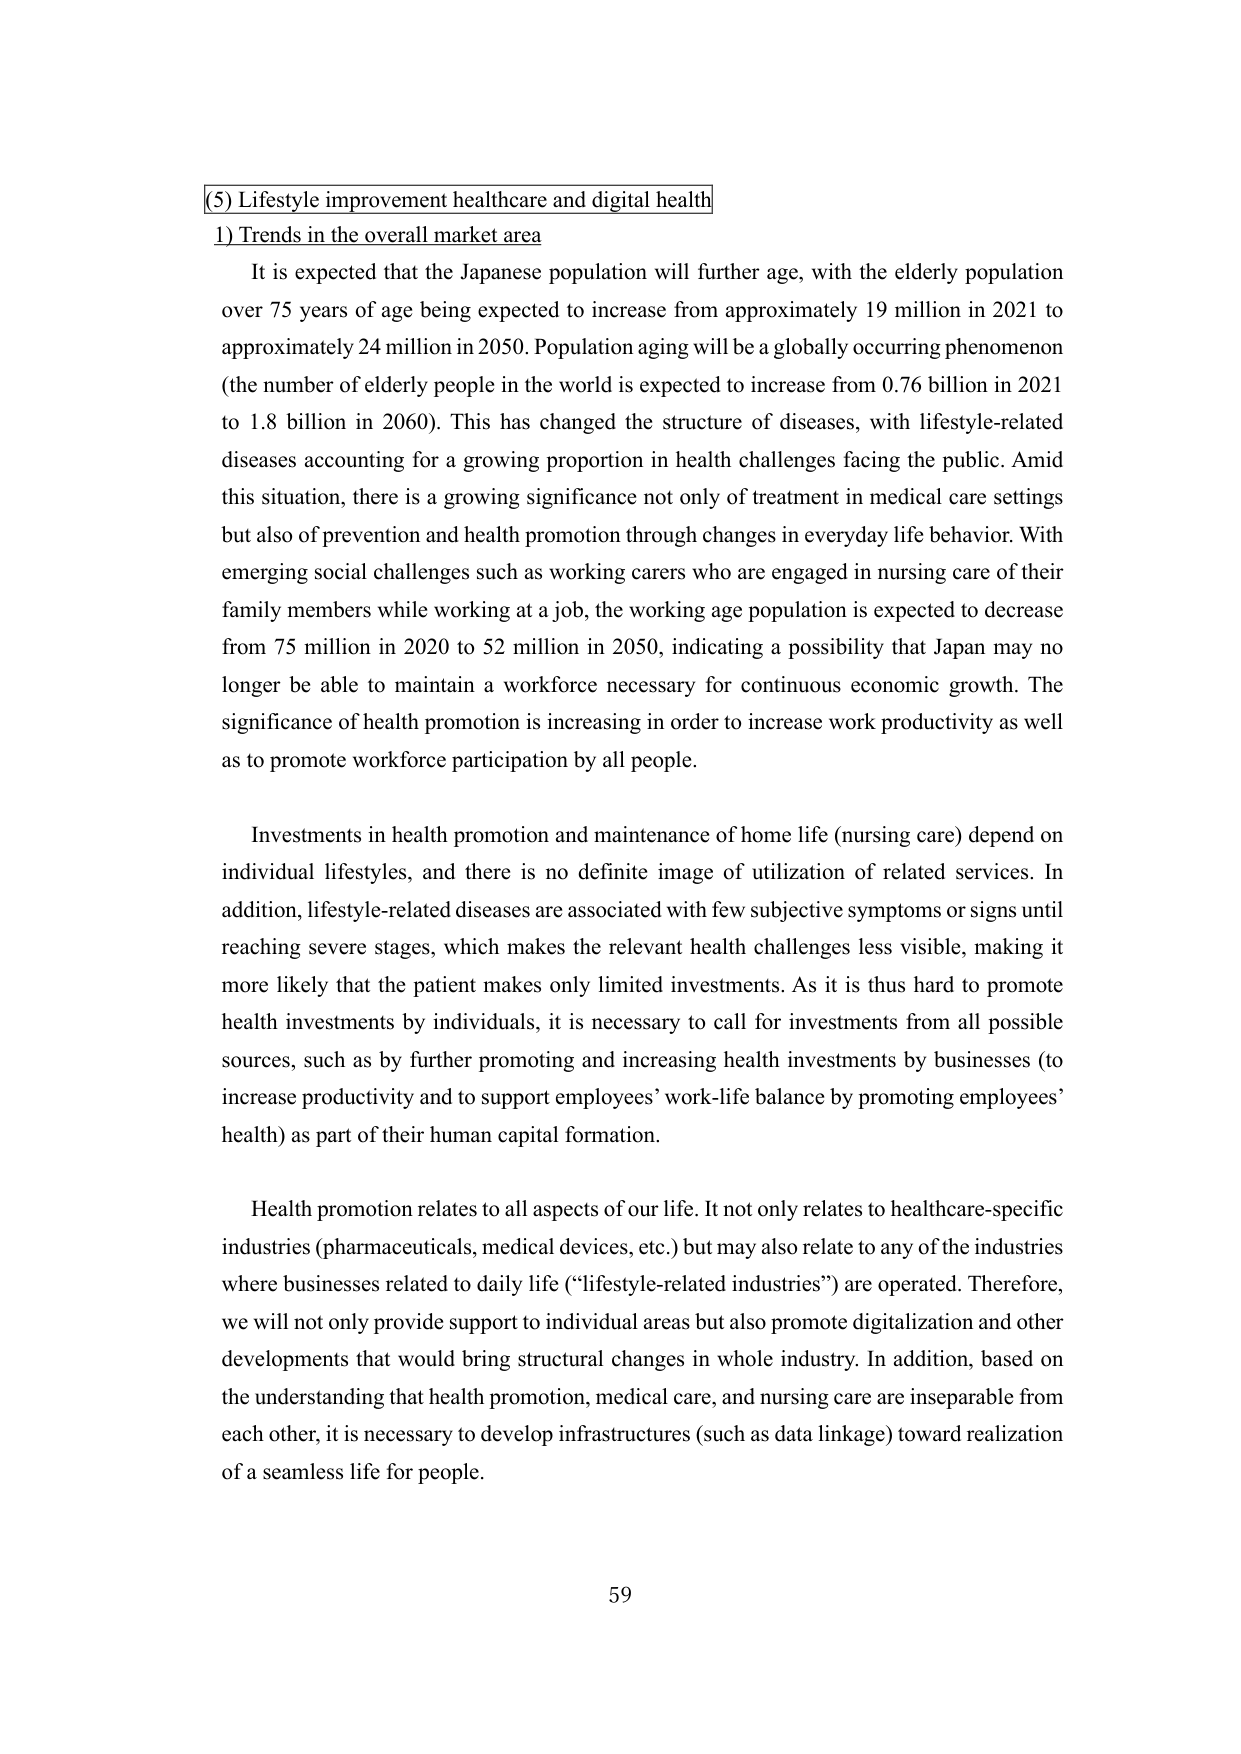
(5) Lifestyle improvement healthcare and digital health
1) Trends in the overall market area

It is expected that the Japanese population will further age, with the elderly population over 75 years of age being expected to increase from approximately 19 million in 2021 to approximately 24 million in 2050. Population aging will be a globally occurring phenomenon (the number of elderly people in the world is expected to increase from 0.76 billion in 2021 to 1.8 billion in 2060). This has changed the structure of diseases, with lifestyle-related diseases accounting for a growing proportion in health challenges facing the public. Amid this situation, there is a growing significance not only of treatment in medical care settings but also of prevention and health promotion through changes in everyday life behavior. With emerging social challenges such as working carers who are engaged in nursing care of their family members while working at a job, the working age population is expected to decrease from 75 million in 2020 to 52 million in 2050, indicating a possibility that Japan may no longer be able to maintain a workforce necessary for continuous economic growth. The significance of health promotion is increasing in order to increase work productivity as well as to promote workforce participation by all people.

Investments in health promotion and maintenance of home life (nursing care) depend on individual lifestyles, and there is no definite image of utilization of related services. In addition, lifestyle-related diseases are associated with few subjective symptoms or signs until reaching severe stages, which makes the relevant health challenges less visible, making it more likely that the patient makes only limited investments. As it is thus hard to promote health investments by individuals, it is necessary to call for investments from all possible sources, such as by further promoting and increasing health investments by businesses (to increase productivity and to support employees’ work-life balance by promoting employees’ health) as part of their human capital formation.

Health promotion relates to all aspects of our life. It not only relates to healthcare-specific industries (pharmaceuticals, medical devices, etc.) but may also relate to any of the industries where businesses related to daily life (“lifestyle-related industries”) are operated. Therefore, we will not only provide support to individual areas but also promote digitalization and other developments that would bring structural changes in whole industry. In addition, based on the understanding that health promotion, medical care, and nursing care are inseparable from each other, it is necessary to develop infrastructures (such as data linkage) toward realization of a seamless life for people.

59